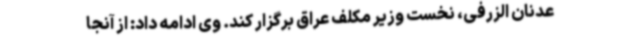
عدنان الزرفی، نخست وزیر مکلف عراق برگزار کند. وی ادامه داد: از آنجا